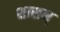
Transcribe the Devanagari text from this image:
शासन्